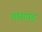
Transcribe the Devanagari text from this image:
तारापद